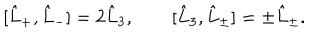
LaTeX: [ \hat { L } _ { + } , \hat { L } _ { - } ] = 2 \hat { L } _ { 3 } , \qquad [ \hat { L } _ { 3 } , \hat { L } _ { \pm } ] = \pm \hat { L } _ { \pm } .